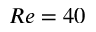
R e = 4 0